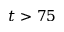
t > 7 5